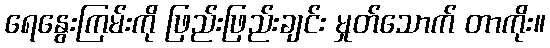
ရေနွေးကြမ်းကို ဖြည်းဖြည်းချင်း မှုတ်သောက် တာကိုး။